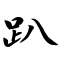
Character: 趴